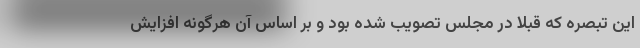
این تبصره که قبلا در مجلس تصویب شده بود و بر اساس آن هرگونه افزایش